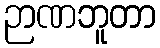
ဉာဏဘူတာ